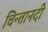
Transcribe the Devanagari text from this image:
चिन्तानदी